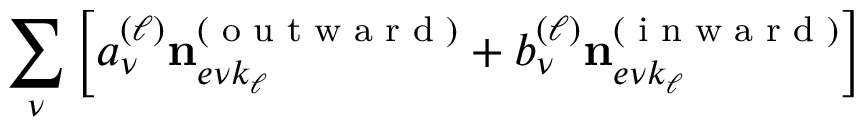
\sum _ { \nu } \left[ a _ { \nu } ^ { ( \ell ) } \mathbf { n } _ { e \nu k _ { \ell } } ^ { ( \textrm { o u t w a r d } ) } + b _ { \nu } ^ { ( \ell ) } \mathbf { n } _ { e \nu k _ { \ell } } ^ { ( \textrm { i n w a r d } ) } \right]